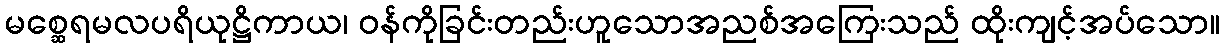
မစ္ဆေရမလပရိယုဋ္ဌိကာယ၊ ဝန်ကိုခြင်းတည်းဟူသောအညစ်အကြေးသည် ထိုးကျင့်အပ်သော။